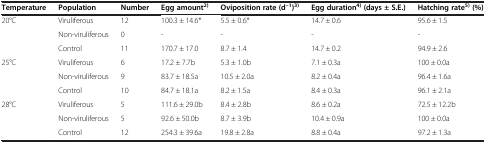
<table><thead><tr><td><b>Temperature</b></td><td><b>Population</b></td><td><b>Number</b></td><td><b>Egg amount<sup>2)</sup></b></td><td><b>Oviposition rate (d<sup>–1</sup>)<sup>3)</sup></b></td><td><b>Egg duration<sup>4) </sup>(days ± S.E.)</b></td><td><b>Hatching rate<sup>5) </sup>(%)</b></td></tr></thead><tbody><tr><td rowspan="3">20°C</td><td>Viruliferous</td><td>12</td><td>100.3 ± 14.6*</td><td>5.5 ± 0.6*</td><td>14.7 ± 0.6</td><td>95.6 ± 1.5</td></tr><tr><td>Non-viruliferous</td><td>0</td><td>-</td><td>-</td><td>-</td><td>-</td></tr><tr><td>Control</td><td>11</td><td>170.7 ± 17.0</td><td>8.7 ± 1.4</td><td>14.7 ± 0.2</td><td>94.9 ± 2.6</td></tr><tr><td rowspan="3">25°C</td><td>Viruliferous</td><td>6</td><td>17.2 ± 7.7b</td><td>5.3 ± 1.0b</td><td>7.1 ± 0.3a</td><td>100 ± 0.0a</td></tr><tr><td>Non-viruliferous</td><td>9</td><td>83.7 ± 18.5a</td><td>10.5 ± 2.0a</td><td>8.2 ± 0.4a</td><td>96.4 ± 1.6a</td></tr><tr><td>Control</td><td>10</td><td>84.7 ± 18.1a</td><td>8.2 ± 1.5a</td><td>8.4 ± 0.3a</td><td>96.1 ± 2.1a</td></tr><tr><td rowspan="3">28°C</td><td>Viruliferous</td><td>5</td><td>111.6 ± 29.0b</td><td>8.4 ± 2.8b</td><td>8.6 ± 0.2a</td><td>72.5 ± 12.2b</td></tr><tr><td>Non-viruliferous</td><td>5</td><td>92.6 ± 50.0b</td><td>8.7 ± 3.9b</td><td>10.4 ± 0.9a</td><td>100 ± 0.0a</td></tr><tr><td>Control</td><td>12</td><td>254.3 ± 39.6a</td><td>19.8 ± 2.8a</td><td>8.8 ± 0.4a</td><td>97.2 ± 1.3a</td></tr></tbody></table>